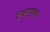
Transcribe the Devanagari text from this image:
त्वग्‌वसा